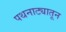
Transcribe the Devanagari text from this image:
पथनाट्यातून